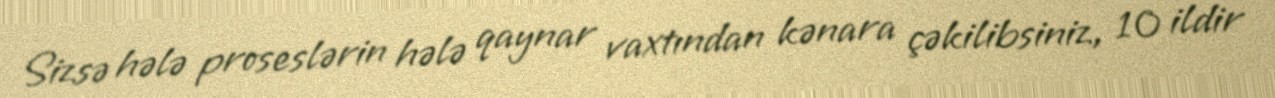
Sizsə hələ proseslərin hələ qaynar vaxtından kənara çəkilibsiniz, 10 ildir